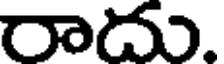
రాదు.